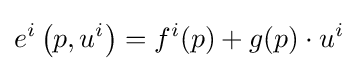
e^{i}\left(p,u^{i}\right)=f^{i}(p)+g(p)\cdot u^{i}